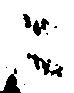
ニ